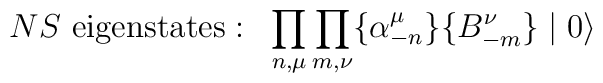
NS~{\rm eigenstates:} \: \: \: \prod_{n, \mu} \prod_{m, \nu} \{\alpha_{-n}^{\mu} \} \{ B_{-m}^{\nu} \} \mid 0 \rangle